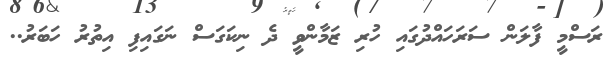
ރަސްމީ ފާލަން ސަރަހައްދުގައި ހުރި ޒަމާންވީ ދެ ނިކަގަސް ނަގައިފި އިތުރު ހަބަރު..